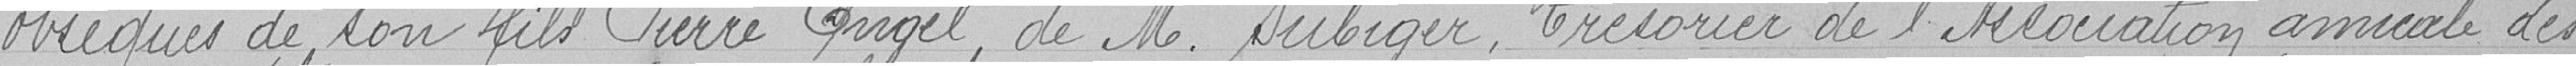
obsèques de sont fils Pierre Enge, de Monsieur Subiger, Trésorier de l'Association amicale des